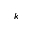
k